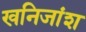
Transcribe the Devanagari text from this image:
खनिजांश